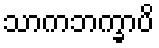
သာကဘက္ခာပိ